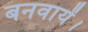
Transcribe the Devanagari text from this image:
बनवायें।